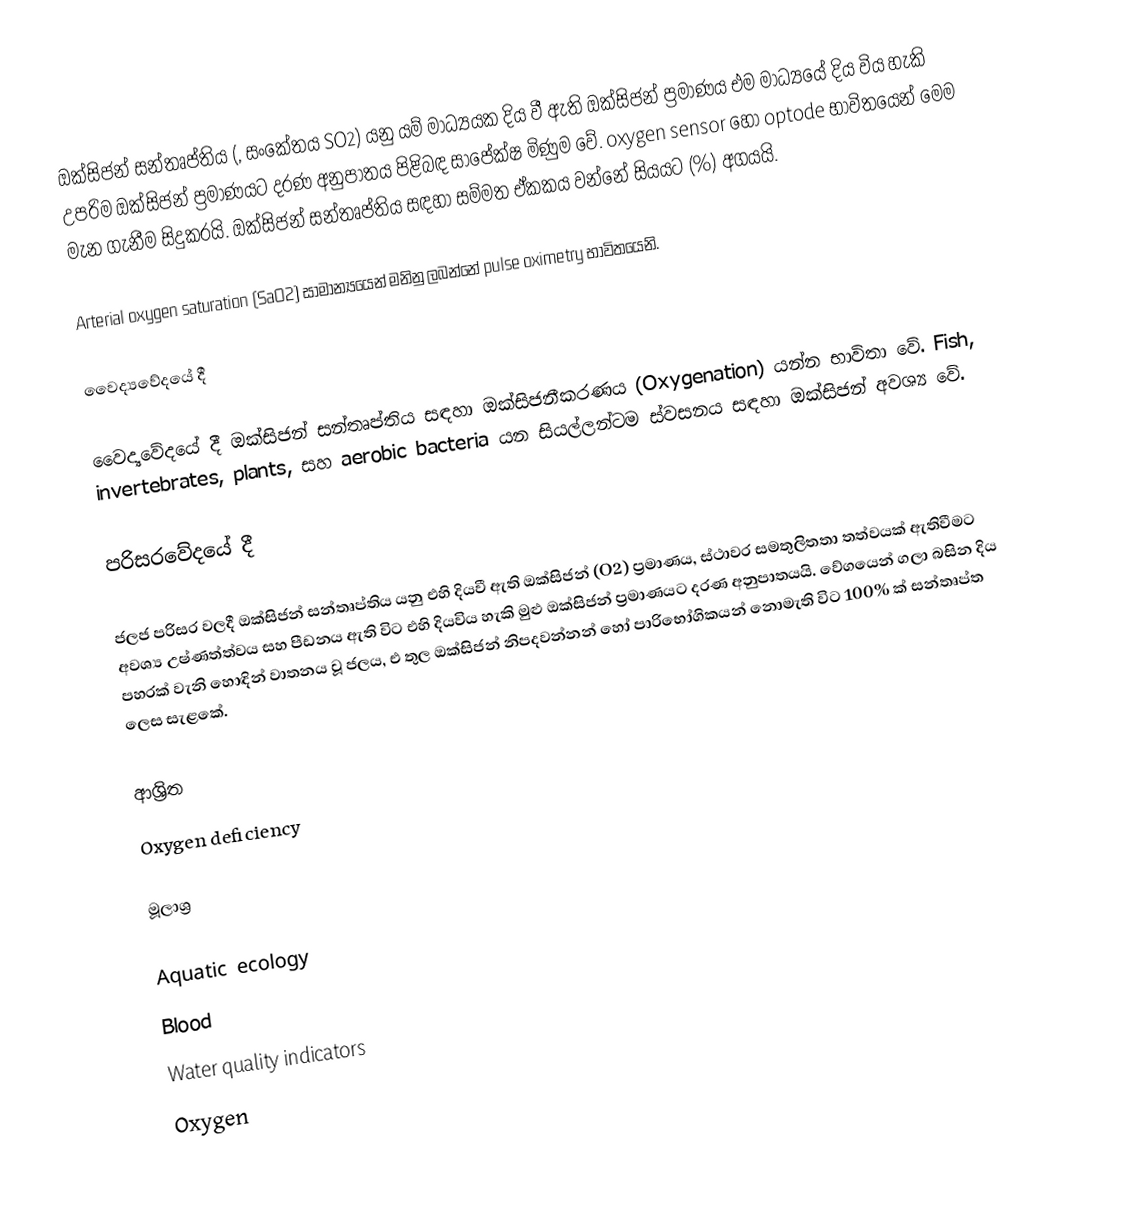
ඔක්සිජන් සන්තෘප්තිය (, සංකේතය SO2) යනු යම් මාධ්‍යයක දිය වී ඇති ඔක්සිජන් ප්‍රමාණය එම මාධ්‍යයේ දිය විය හැකි උපරිම ඔක්සිජන් ප්‍රමාණයට දරණ අනුපාතය පිළිබඳ සාපේක්ෂ මිණුම වේ. oxygen sensor හෝ optode භාවිතයෙන් මෙම මැන ගැනීම සිදුකරයි. ඔක්සිජන් සන්තෘප්තිය සඳහා සම්මත ඒකකය වන්නේ සියයට (%) අගයයි.

Arterial oxygen saturation (SaO2) සාමාන්‍යයෙන් මනිනු ලබන්නේ pulse oximetry භාවිතයෙනි.

වෛද්‍යවේදයේ දී

වෛද්‍යවේදයේ දී ඔක්සිජන් සන්තෘප්තිය සඳහා ඔක්සිජනීකරණය (Oxygenation) යන්න භාවිතා වේ. Fish, invertebrates, plants, සහ aerobic bacteria යන සියල්ලන්ටම ස්වසනය සඳහා ඔක්සිජන් අවශ්‍ය වේ.

පරිසරවේදයේ දී

ජලජ පරිසර වලදී ඔක්සිජන් සන්තෘප්තිය යනු එහි  දියවී ඇති ඔක්සිජන් (O2) ප්‍රමාණය, ස්ථාවර සමතුලිතතා තත්වයක් ඇතිවීමට අවශ්‍ය උෂ්ණත්ත්වය සහ පීඩනය ඇති විට එහි දියවිය හැකි මුළු ඔක්සිජන් ප්‍රමාණයට දරණ අනුපාතයයි. වේගයෙන් ගලා බසින දිය පහරක් වැනි හොඳින් වාතනය වූ ජලය, එ තුල ඔක්සිජන් නිපදවන්නන් හෝ පාරිභෝගිකයන් නොමැති විට 100% ක් සන්තෘප්ත ලෙස සැළකේ.

ආශ්‍රිත
 Oxygen deficiency

මූලාශ්‍ර

Aquatic ecology
Blood
Water quality indicators
Oxygen